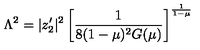
\Lambda ^ { 2 } = | z _ { 2 } ^ { \prime } | ^ { 2 } \left[ \frac { 1 } { 8 ( 1 - \mu ) ^ { 2 } G ( \mu ) } \right] ^ { \frac { 1 } { 1 - \mu } }